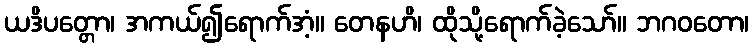
ယဒိပတ္တော၊ အကယ်၍ရောက်အံ့။ တေနဟိ၊ ထိုသို့ရောက်ခဲ့သော်။ ဘဂဝတော၊